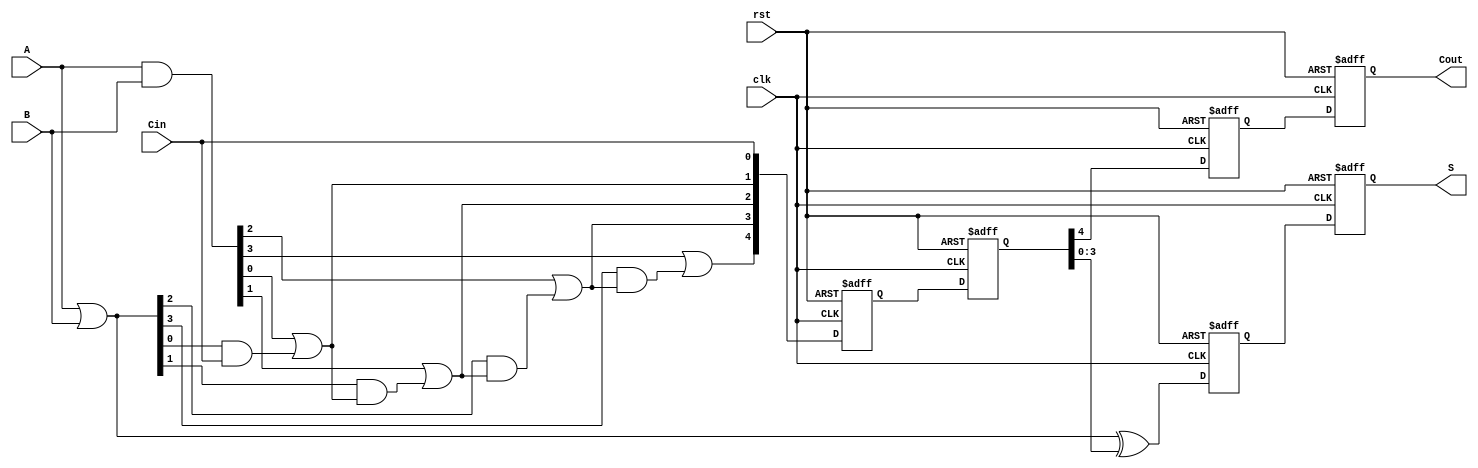
module Pipelined_CLA #(parameter N = 4, // Size of A, B, S
                       parameter STAGE_COUNT = 2) // Number of pipeline stages
(
    input wire clk,
    input wire rst,
    input wire [N-1:0] A,
    input wire [N-1:0] B,
    input wire Cin,
    output reg [N-1:0] S,
    output reg Cout
);

    // Generate and Propagate signals
    wire [N-1:0] G; // Generate
    wire [N-1:0] P; // Propagate
    wire [N:0] C; // Carry signals

    // Intermediate registers for pipelining
    reg [N-1:0] A_reg[0:STAGE_COUNT-1];
    reg [N-1:0] B_reg[0:STAGE_COUNT-1];
    reg [N:0] C_reg[0:STAGE_COUNT-1];
    reg [N-1:0] S_reg[0:STAGE_COUNT-1];
    reg Cout_reg[0:STAGE_COUNT-1];

    // Generate and Propagate logic
    assign G = A & B;
    assign P = A | B;

    // Carry calculation (Lookahead logic)
    assign C[0] = Cin;
    genvar i;
    generate
        for (i = 0; i < N; i = i + 1) begin : carry_gen
            assign C[i+1] = G[i] | (P[i] & C[i]);
        end
    endgenerate

    // Pipelined processing
    integer stage;
    always @(posedge clk or posedge rst) begin
        if (rst) begin
            // Reset all registers
            for (stage = 0; stage < STAGE_COUNT; stage = stage + 1) begin
                A_reg[stage] <= 0;
                B_reg[stage] <= 0;
                C_reg[stage] <= 0;
                S_reg[stage] <= 0;
                Cout_reg[stage] <= 0;
            end
            S <= 0;
            Cout <= 0;
        end else begin
            // Stage 0: Input stage
            A_reg[0] <= A;
            B_reg[0] <= B;
            C_reg[0] <= C;

            // Compute Sum in Stage 1
            if (STAGE_COUNT > 1) begin
                A_reg[1] <= A_reg[0];
                B_reg[1] <= B_reg[0];
                C_reg[1] <= C_reg[0];

                S_reg[1] <= P ^ C_reg[1][N-1:0];
                Cout_reg[1] <= C_reg[1][N];

                // Output stage
                S <= S_reg[1];
                Cout <= Cout_reg[1];
            end else begin
                // Final output for non-pipelined or single-stage
                S <= P ^ C[N-1:0];
                Cout <= C[N];
            end
        end
    end

endmodule